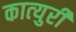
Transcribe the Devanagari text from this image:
कात्‍युरी